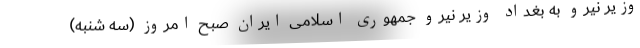
وزیر نیرو به بغداد وزیر نیرو جمهوری اسلامی ایران صبح امروز (سه شنبه)